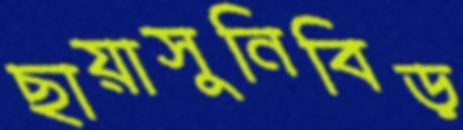
ছায়াসুনিবিড়